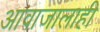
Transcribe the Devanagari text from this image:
आवाजालाही